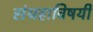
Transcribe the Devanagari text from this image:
संग्रहाविषयी